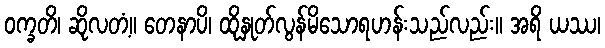
ဝက္ခတိ၊ ဆိုလတံ့။ တေနာပိ၊ ထိုနှုတ်လွန်မိသောရဟန်းသည်လည်း။ အရိ ယဿ၊